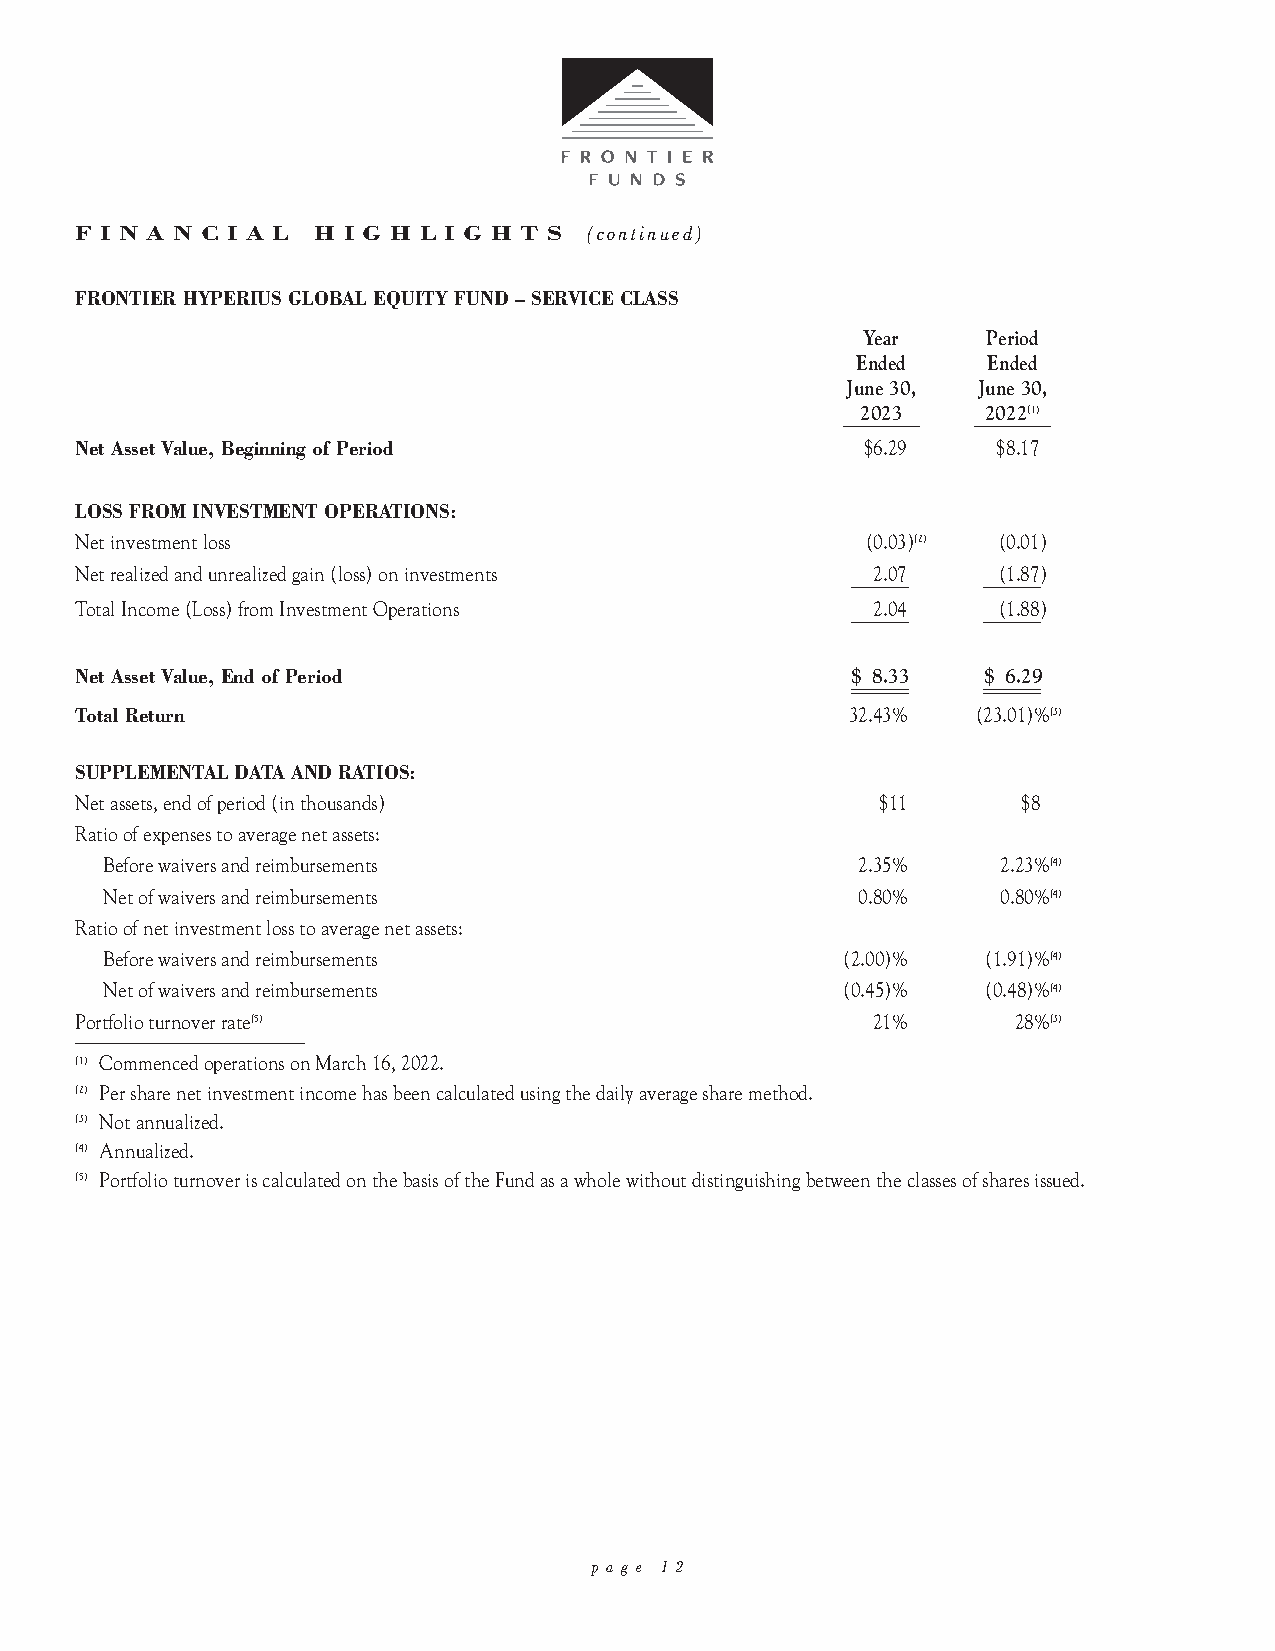
F I N A N C I A L H I G H L I G H T S (continued)
 FRONTIER HYPERIUS GLOBAL EQUITY FUND – SERVICE CLASS
 Year    Period
 Ended   Ended
 June 30, June 30,
 __2_0__2_3__ __2_0_2_2_(1_)_
 Net Asset Value, Beginning of Period                $6.29    $8.17
 LOSS FROM INVESTMENT OPERATIONS:
 Net investment loss                                 (0.03)(2) (0.01)
 Net realized and unrealized gain (loss) on investments ___2_.0_7_ __(_1_.8_7_)
 Total Income (Loss) from Investment Operations     ___2_.0_4_ __(_1_.8_8_)
 Net Asset Value, End of Period                     $____ __8__.3__3__ __$__ __6__.2____9
 Total Return                                       32.43%   (23.01)%(3)
 SUPPLEMENTAL DATA AND RATIOS:
 Net assets, end of period (in thousands)             $11       $8
 Ratio of expenses to average net assets:
 Before waivers and reimbursements                 2.35%    2.23%(4)
 Net of waivers and reimbursements                 0.80%    0.80%(4)
 Ratio of net investment loss to average net assets:
 Before waivers and reimbursements                (2.00)%  (1.91)%(4)
 Net of waivers and reimbursements                (0.45)%  (0.48)%(4)
 Portfolio turnover rate(5)                           21%      28%(3)
 ________________________
 (1) Commenced operations on March 16, 2022.
 (2) Per share net investment income has been calculated using the daily average share method.
 (3) Not annualized.
 (4) Annualized.
 (5) Portfolio turnover is calculated on the basis of the Fund as a whole without distinguishing between the classes of shares issued.
 p a g e 1 2